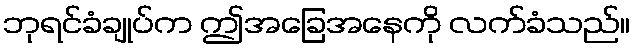
ဘုရင်ခံချုပ်က ဤအခြေအနေကို လက်ခံသည်။